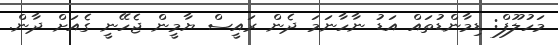
މަހުލޫފް: ޑިމާންޑުތައް އަޑު ނާހާނަމަ ދެން ރައީސް ޔާމީން ޖެހޭނީ ގެއަށް ދާން.